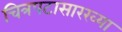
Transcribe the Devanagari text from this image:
चित्रपटासारख्या